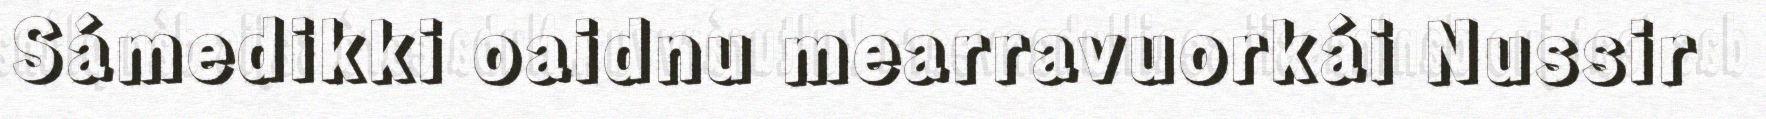
Sámedikki oaidnu mearravuorkái Nussir